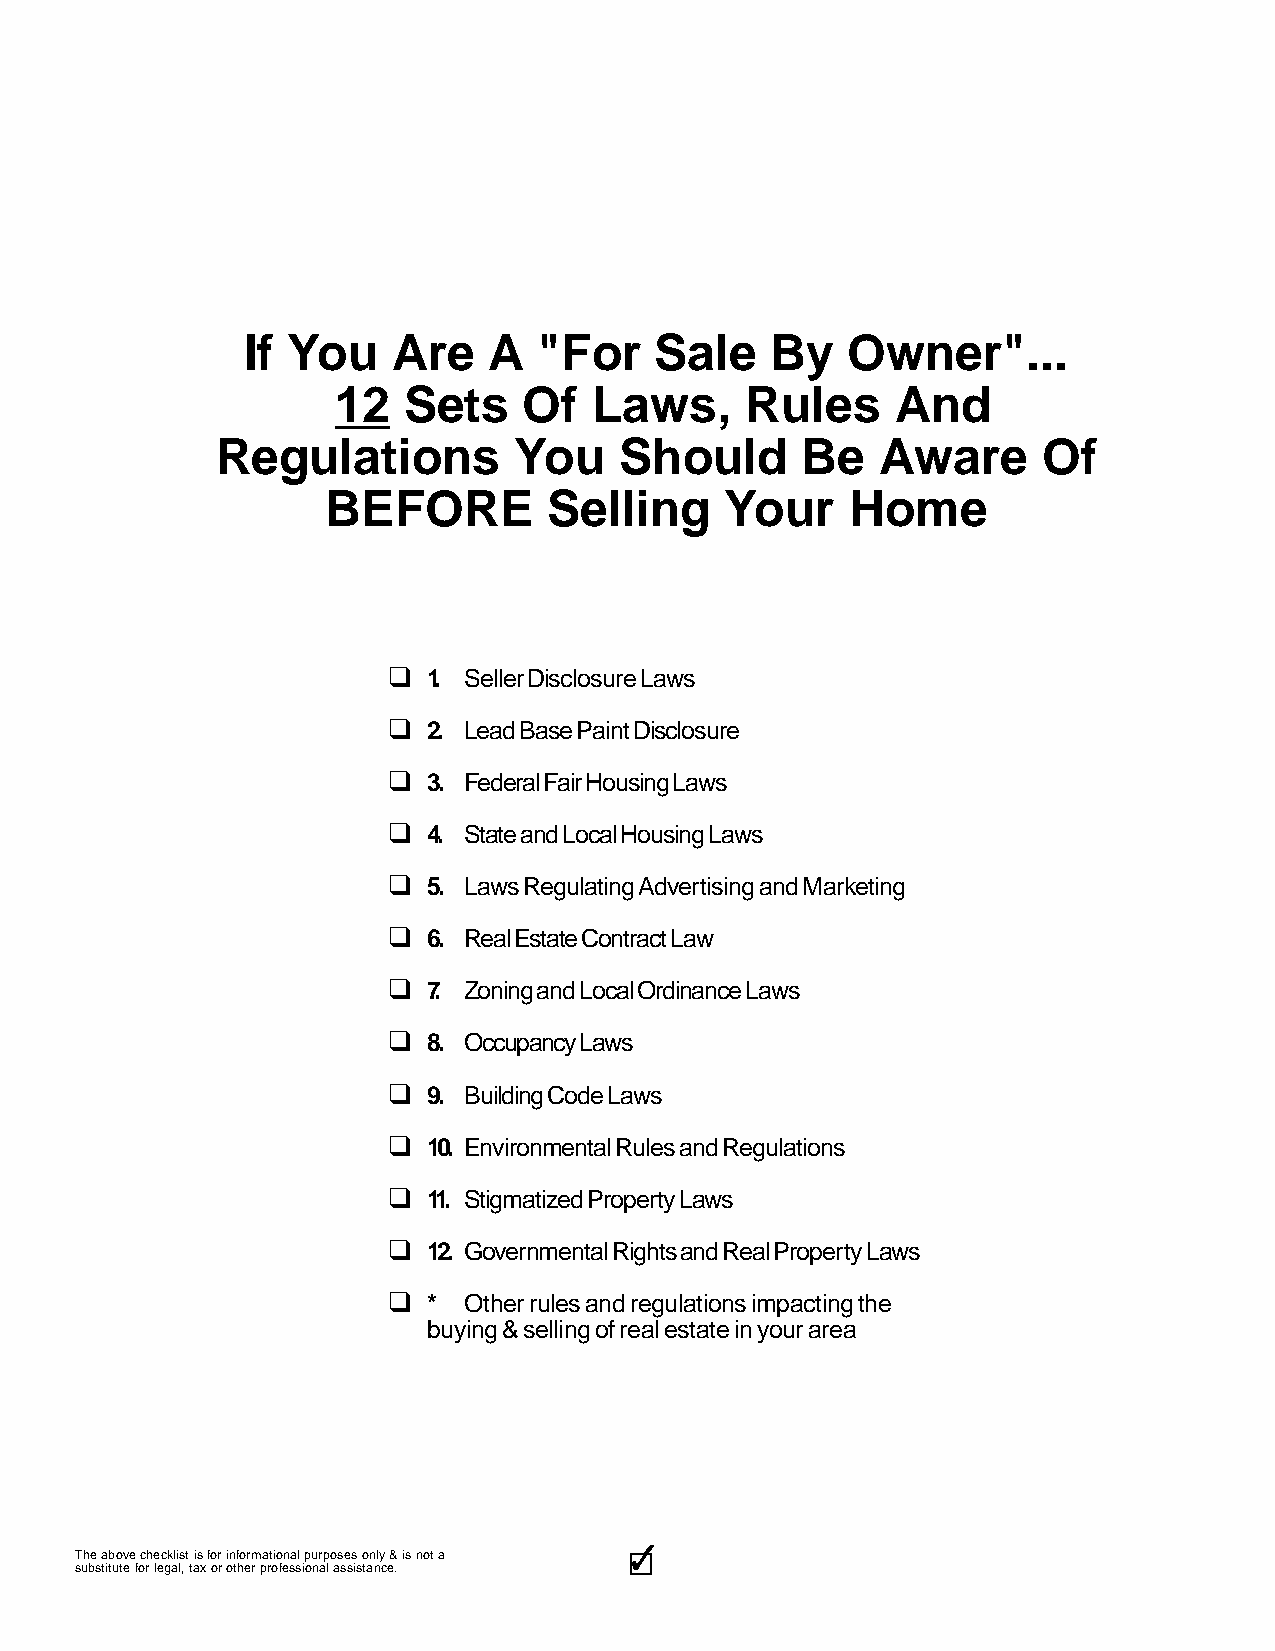
If You    Are   A   "For   Sale    By   Owner"...
 12   Sets    Of  Laws,     Rules     And
 Regulations         You    Should      Be   Aware      Of
 BEFORE        Selling     Your    Home
 q
 1. Seller Disclosure Laws
 q
 2. Lead Base Paint Disclosure
 q
 3. Federal Fair Housing Laws
 q
 4. State and Local Housing Laws
 q
 5. Laws Regulating Advertising and Marketing
 q
 6. Real Estate Contract Law
 q
 7. Zoning and Local Ordinance Laws
 q
 8. Occupancy Laws
 q
 9. Building Code Laws
 q
 10. Environmental Rules and Regulations
 q
 11. Stigmatized Property Laws
 q
 12. Governmental Rights and Real Property Laws
 q
 *  Other rules and regulations impacting the
 buying & selling of real estate in your area
 3333333333
 The above checklist is for informational purposes only & is not a
 substitute for legal, tax or other professional assistance.